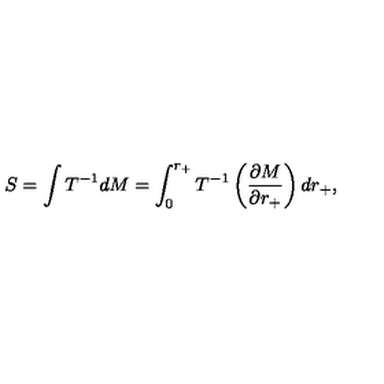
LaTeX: S = \int T ^ { - 1 } d M = \int _ { 0 } ^ { r _ { + } } T ^ { - 1 } \left( \frac { \partial M } { \partial r _ { + } } \right) d r _ { + } ,